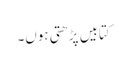
کتابیں پڑھتی ہوں۔